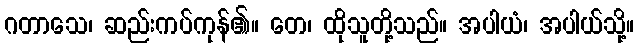
ဂတာသေ၊ ဆည်းကပ်ကုန်၏။ တေ၊ ထိုသူတို့သည်။ အပါယံ၊ အပါယ်သို့။